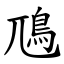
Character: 䲫